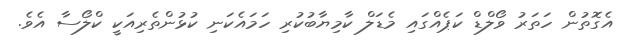
އެގޮތުން ހަތަރު ވޯލްޑް ކަޕެއްގައި މެޑަލް ކާމިޔާބުކުރި ހަމައެކަނި ކުޅުންތެރިއަކީ ކްލޯސާ އެވެ.